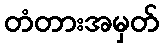
တံတားအမှတ်